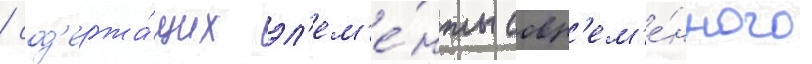
/ сод'ержа́щих эл'ем'е́нты совр'ем'е́нного